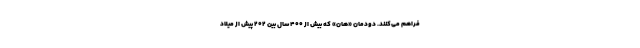
فراهم می‌کنند. دودمان «هان» که بیش از ۴۰۰ سال بین ۲۰۲ پیش از میلاد